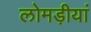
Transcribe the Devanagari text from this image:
लोमड़ीयां